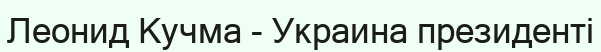
Леонид Кучма - Украина президенті